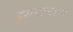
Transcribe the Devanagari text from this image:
इशनानघर